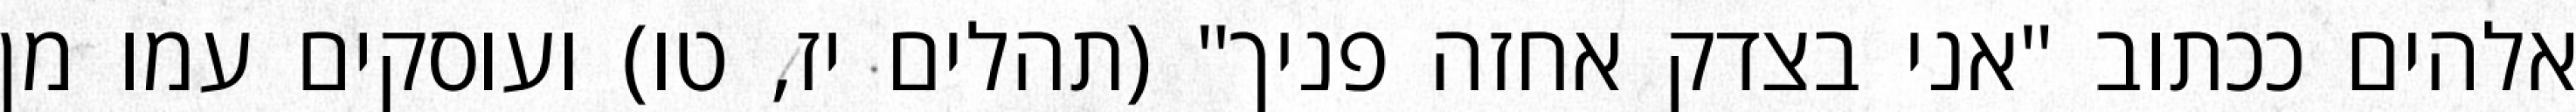
אלהים ככתוב "אני בצדק אחזה פניך" (תהלים יז, טו) ועוסקים עמו מן